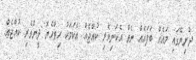
ދުނިޔޭގައި މައެއް ބަފައެއް ނެތް އެކަނިވެރި ކުއްޖެއް. އެކަމަކު ހިތްހެޔޮ ދީންވެރި ކުއްޖެއް.